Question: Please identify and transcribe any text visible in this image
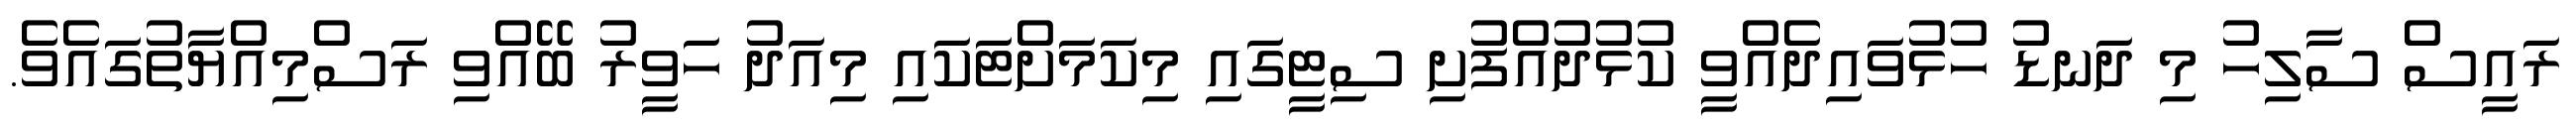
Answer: ރައީސް ސާލިހު މި ދަނޑު ހުޅުވައިދެއްވީ ކުޅުދުއްފުށި ސިޓީގައި މިކަމަށްޓަކައި މިއަދު ހަވީރު ބޭއްވި ރަސްމިއްޔާތުގައެވެ.